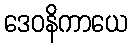
ဒေဝနိကာယေ